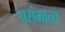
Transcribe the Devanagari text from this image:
प्रसंभात्य